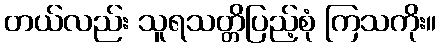
တယ်လည်း သူရသတ္တိပြည့်စုံ ကြသကိုး။